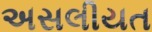
અસલીયત